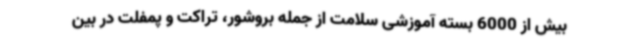
بیش از 6000 بسته آموزشی سلامت از جمله بروشور، تراکت و پمفلت در بین